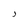
Character: J